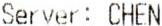
SERVER: CHEN